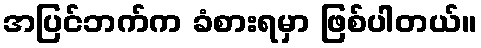
အပြင်ဘက်က ခံစားရမှာ ဖြစ်ပါတယ်။